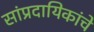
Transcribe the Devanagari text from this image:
सांप्रदायिकांचे